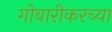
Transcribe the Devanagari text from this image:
गोवारीकरच्या